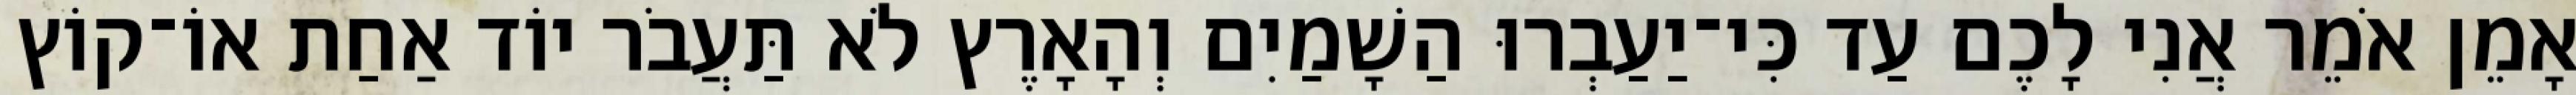
אָמֵן אֹמֵר אֲנִי לָכֶם עַד כִּי־יַעַבְרוּ הַשָׁמַיִם וְהָאָרֶץ לֹא תַּעֲבֹר יוֹד אַחַת אוֹ־קוֹץ